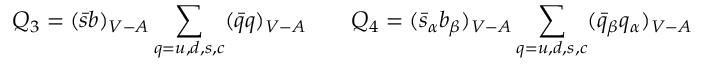
Q _ { 3 } = ( \bar { s } b ) _ { V - A } \sum _ { q = u , d , s , c } ( \bar { q } q ) _ { V - A } ~ ~ ~ ~ ~ ~ Q _ { 4 } = ( \bar { s } _ { \alpha } b _ { \beta } ) _ { V - A } \sum _ { q = u , d , s , c } ( \bar { q } _ { \beta } q _ { \alpha } ) _ { V - A }